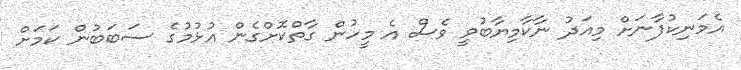
އެމަނިކުފާނަށް މިއަދު ނާކާމިޔާބުވީ ވެސް އެ މީހުން ގާތްކޮށްގެން އުޅުމުގެ ސަބަބުން ކަމަށް